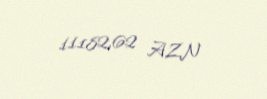
11182,62 AZN